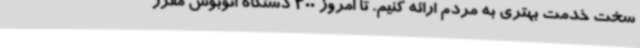
سخت خدمت بهتری به مردم ارائه کنیم. تا امروز 300 دستگاه اتوبوس مقرر